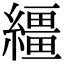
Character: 繮